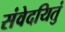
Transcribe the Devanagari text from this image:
संवेदयितुं